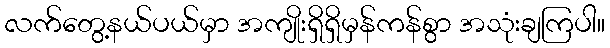
လက်တွေ့နယ်ပယ်မှာ အကျိုးရှိရှိမှန်ကန်စွာ အသုံးချကြပါ။